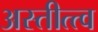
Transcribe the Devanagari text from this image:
अस्तीत्त्व